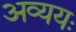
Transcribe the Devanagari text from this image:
अव्ययः